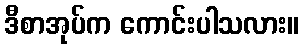
ဒီစာအုပ်က ကောင်းပါသလား။